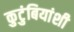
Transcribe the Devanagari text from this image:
कुटुंबियांशी